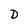
Character: D